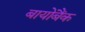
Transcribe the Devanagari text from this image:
बायोबैंक